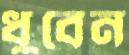
ধুবেন